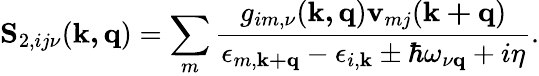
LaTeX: \mathbf{S}_{2,ij\nu}(\mathbf{k,\mathbf{q}})=\sum_{m}\frac{g_{im,\nu}(\mathbf{k,q})\textbf{v}_{mj}(\mathbf{k+q})}{\epsilon_{m,\mathbf{k+q}}-\epsilon_{i,\mathbf{k}}\pm\hbar\omega_{\nu\mathbf{q}}+i\eta}.